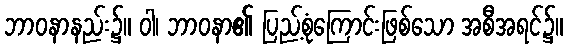
ဘာဝနာနည်း၌။ ဝါ၊ ဘာဝနာ၏ ပြည့်စုံကြောင်းဖြစ်သော အစီအရင်၌။